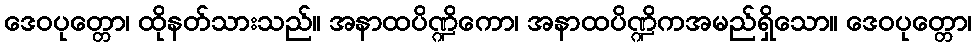
ဒေဝပုတ္တော၊ ထိုနတ်သားသည်။ အနာထပိဏ္ဍိကော၊ အနာထပိဏ္ဍိကအမည်ရှိသော။ ဒေဝပုတ္တော၊